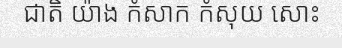
ជាតិ យ៉ាង កំសាក កំសុយ សោះ